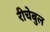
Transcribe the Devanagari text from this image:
रीचेबुल